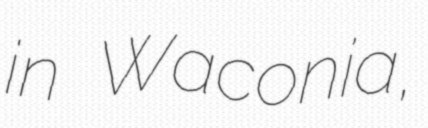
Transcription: in Waconia,